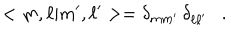
LaTeX: < m , \ell | m ^ { \prime } , \ell ^ { \prime } > = \delta _ { m m ^ { \prime } } \, \delta _ { \ell \ell ^ { \prime } } \ \ \ .